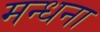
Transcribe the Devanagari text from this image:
मन्धना